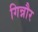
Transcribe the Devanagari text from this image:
गिन्नौर